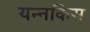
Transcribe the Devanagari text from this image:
यन्नकिस